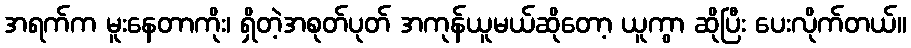
အရက်က မူးနေတာကိုး၊ ရှိတဲ့အစုတ်ပုတ် အကုန်ယူမယ်ဆိုတော့ ယူကွာ ဆိုပြီး ပေးလိုက်တယ်။